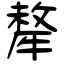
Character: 犛